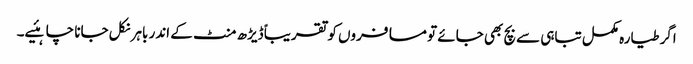
اگر طیارہ مکمل تباہی سے بچ بھی جائے تو مسافروں کو تقریباً ڈیڑھ منٹ کے اندر باہر نکل جانا چاہئیے۔